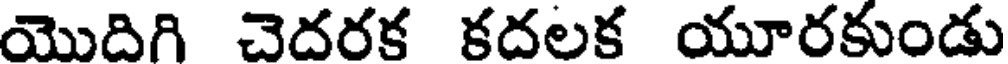
యొదిగి చెదరక కదలక యూరకుండు